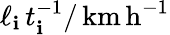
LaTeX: \ell_{\mathbf{i}}\, t_{\mathbf{i}}^{-1}/\, \mathrm{{km\, h}}^{-1}